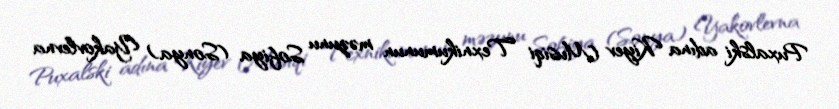
Puxalski adına Kiyev Musiqi Texnikumunun məzunu Sofiya (Sonya) Yakovlevna